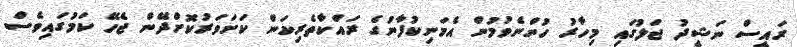
ރައީސް ނަޝީދު ޖަލުގައި މިހާރު ހުންނެވުމުން އެމަނިކުފާނުގެ ރައްކާތެރިކަން ކަށަވަރުކޮށްދޭން ޖެހޭ ކަމުގައިވެސް